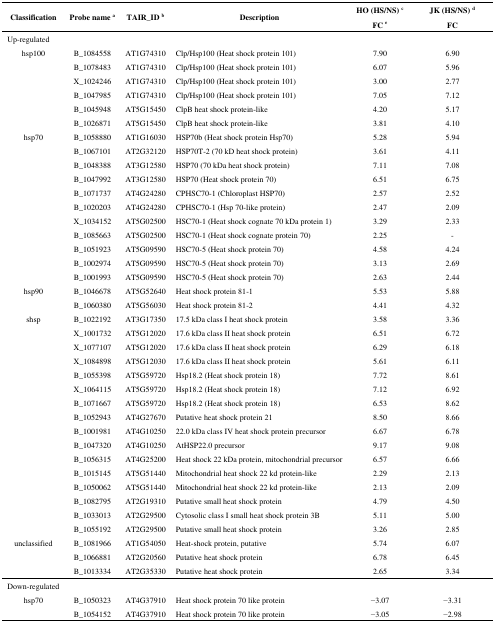
<table><thead><tr><td rowspan="3"><b>Classification</b></td><td rowspan="3"><b>Probe name a</b></td><td rowspan="3"><b>TAIR_ID b</b></td><td rowspan="3"><b>Description</b></td><td><b>HO (HS/NS) c</b></td><td><b>JK (HS/NS) d</b></td></tr><tr><td><b>FC e</b></td><td><b>FC</b></td></tr></thead><tbody><tr><td colspan="6">Up-regulated</td></tr><tr><td>hsp100</td><td>B_1084558</td><td>AT1G74310</td><td>Clp/Hsp100 (Heat shock protein 101)</td><td>7.90</td><td>6.90</td></tr><tr><td></td><td>B_1078483</td><td>AT1G74310</td><td>Clp/Hsp100 (Heat shock protein 101)</td><td>6.07</td><td>5.96</td></tr><tr><td></td><td>X_1024246</td><td>AT1G74310</td><td>Clp/Hsp100 (Heat shock protein 101)</td><td>3.00</td><td>2.77</td></tr><tr><td></td><td>B_1047985</td><td>AT1G74310</td><td>Clp/Hsp100 (Heat shock protein 101)</td><td>7.05</td><td>7.12</td></tr><tr><td></td><td>B_1045948</td><td>AT5G15450</td><td>ClpB heat shock protein-like</td><td>4.20</td><td>5.17</td></tr><tr><td></td><td>B_1026871</td><td>AT5G15450</td><td>ClpB heat shock protein-like</td><td>3.81</td><td>4.10</td></tr><tr><td>hsp70</td><td>B_1058880</td><td>AT1G16030</td><td>HSP70b (Heat shock protein Hsp70)</td><td>5.28</td><td>5.94</td></tr><tr><td></td><td>B_1067101</td><td>AT2G32120</td><td>HSP70T-2 (70 kD heat shock protein)</td><td>3.61</td><td>4.11</td></tr><tr><td></td><td>B_1048388</td><td>AT3G12580</td><td>HSP70 (70 kDa heat shock protein)</td><td>7.11</td><td>7.08</td></tr><tr><td></td><td>B_1047992</td><td>AT3G12580</td><td>HSP70 (Heat shock protein 70)</td><td>6.51</td><td>6.75</td></tr><tr><td></td><td>B_1071737</td><td>AT4G24280</td><td>CPHSC70-1 (Chloroplast HSP70)</td><td>2.57</td><td>2.52</td></tr><tr><td></td><td>B_1020203</td><td>AT4G24280</td><td>CPHSC70-1 (Hsp 70-like protein)</td><td>2.47</td><td>2.09</td></tr><tr><td></td><td>X_1034152</td><td>AT5G02500</td><td>HSC70-1 (Heat shock cognate 70 kDa protein 1)</td><td>3.29</td><td>2.33</td></tr><tr><td></td><td>B_1085663</td><td>AT5G02500</td><td>HSC70-1 (Heat shock cognate protein 70)</td><td>2.25</td><td>-</td></tr><tr><td></td><td>B_1051923</td><td>AT5G09590</td><td>HSC70-5 (Heat shock protein 70)</td><td>4.58</td><td>4.24</td></tr><tr><td></td><td>B_1002974</td><td>AT5G09590</td><td>HSC70-5 (Heat shock protein 70)</td><td>3.13</td><td>2.69</td></tr><tr><td></td><td>B_1001993</td><td>AT5G09590</td><td>HSC70-5 (Heat shock protein 70)</td><td>2.63</td><td>2.44</td></tr><tr><td>hsp90</td><td>B_1046678</td><td>AT5G52640</td><td>Heat shock protein 81-1</td><td>5.53</td><td>5.88</td></tr><tr><td></td><td>B_1060380</td><td>AT5G56030</td><td>Heat shock protein 81-2</td><td>4.41</td><td>4.32</td></tr><tr><td>shsp</td><td>B_1022192</td><td>AT3G17350</td><td>17.5 kDa class I heat shock protein</td><td>3.58</td><td>3.36</td></tr><tr><td></td><td>X_1001732</td><td>AT5G12020</td><td>17.6 kDa class II heat shock protein</td><td>6.51</td><td>6.72</td></tr><tr><td></td><td>X_1077107</td><td>AT5G12020</td><td>17.6 kDa class II heat shock protein</td><td>6.29</td><td>6.18</td></tr><tr><td></td><td>X_1084898</td><td>AT5G12030</td><td>17.6 kDa class II heat shock protein</td><td>5.61</td><td>6.11</td></tr><tr><td></td><td>B_1055398</td><td>AT5G59720</td><td>Hsp18.2 (Heat shock protein 18)</td><td>7.72</td><td>8.61</td></tr><tr><td></td><td>X_1064115</td><td>AT5G59720</td><td>Hsp18.2 (Heat shock protein 18)</td><td>7.12</td><td>6.92</td></tr><tr><td></td><td>B_1071667</td><td>AT5G59720</td><td>Hsp18.2 (Heat shock protein 18)</td><td>6.53</td><td>8.62</td></tr><tr><td></td><td>B_1052943</td><td>AT4G27670</td><td>Putative heat shock protein 21</td><td>8.50</td><td>8.66</td></tr><tr><td></td><td>B_1001981</td><td>AT4G10250</td><td>22.0 kDa class IV heat shock protein precursor</td><td>6.67</td><td>6.78</td></tr><tr><td></td><td>B_1047320</td><td>AT4G10250</td><td>AtHSP22.0 precursor</td><td>9.17</td><td>9.08</td></tr><tr><td></td><td>B_1056315</td><td>AT4G25200</td><td>Heat shock 22 kDa protein, mitochondrial precursor</td><td>6.57</td><td>6.66</td></tr><tr><td></td><td>B_1015145</td><td>AT5G51440</td><td>Mitochondrial heat shock 22 kd protein-like</td><td>2.29</td><td>2.13</td></tr><tr><td></td><td>B_1050062</td><td>AT5G51440</td><td>Mitochondrial heat shock 22 kd protein-like</td><td>2.13</td><td>2.09</td></tr><tr><td></td><td>B_1082795</td><td>AT2G19310</td><td>Putative small heat shock protein</td><td>4.79</td><td>4.50</td></tr><tr><td></td><td>B_1033013</td><td>AT2G29500</td><td>Cytosolic class I small heat shock protein 3B</td><td>5.11</td><td>5.00</td></tr><tr><td></td><td>B_1055192</td><td>AT2G29500</td><td>Putative small heat shock protein</td><td>3.26</td><td>2.85</td></tr><tr><td>unclassified</td><td>B_1081966</td><td>AT1G54050</td><td>Heat-shock protein, putative</td><td>5.74</td><td>6.07</td></tr><tr><td></td><td>B_1066881</td><td>AT2G20560</td><td>Putative heat shock protein</td><td>6.78</td><td>6.45</td></tr><tr><td></td><td>B_1013334</td><td>AT2G35330</td><td>Putative heat shock protein</td><td>2.65</td><td>3.34</td></tr><tr><td colspan="6">Down-regulated</td></tr><tr><td>hsp70</td><td>B_1050323</td><td>AT4G37910</td><td>Heat shock protein 70 like protein</td><td>−3.07</td><td>−3.31</td></tr><tr><td></td><td>B_1054152</td><td>AT4G37910</td><td>Heat shock protein 70 like protein</td><td>−3.05</td><td>−2.98</td></tr></tbody></table>